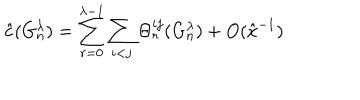
LaTeX: \hat { c } ( G _ { n } ^ { \lambda } ) = \sum _ { r = 0 } ^ { \lambda - 1 } \sum _ { i < j } \Theta _ { r } ^ { i j } ( G _ { n } ^ { \lambda } ) + O ( \hat { x } ^ { - 1 } )